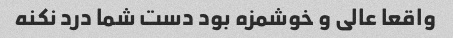
واقعا عالی و خوشمزه بود دست شما درد نکنه